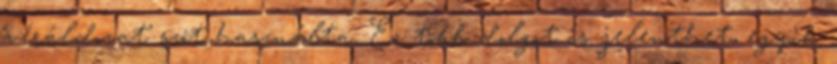
‘véráldozat’ szót használta. Ez több dolgot is jelenthet, egyik